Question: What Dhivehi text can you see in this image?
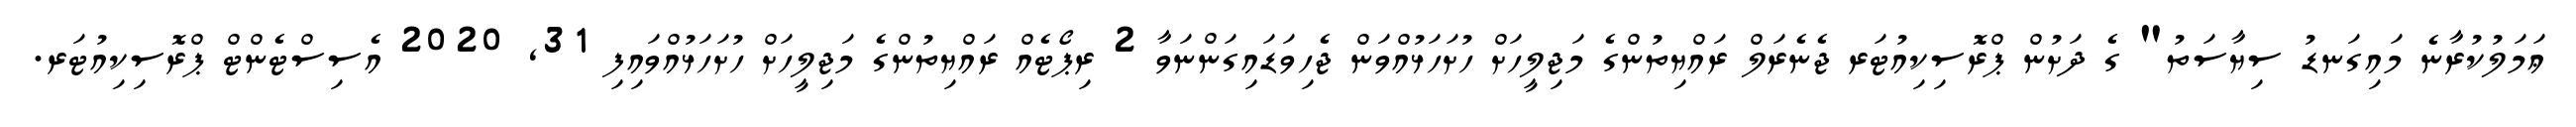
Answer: ޢަމަލުކުރާނެ މައިގަނޑު ސިޔާސަތު" ގެ ދަށުން ޕްރޮސިކިއުޓަރ ޖެނެރަލް ރައްޔިތުންގެ މަޖިލީހަށް ހުށަހަޅުއްވަން ޖެހިވަޑައިގަންނަވާ 2 ރިޕޯޓެއް ރައްޔިތުންގެ މަޖިލީހަށް ހުށަހަޅުއްވައިފި 31, 2020 އެސިސްޓެންޓް ޕްރޮސިކިއުޓަރ.